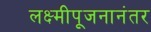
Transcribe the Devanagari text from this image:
लक्ष्मीपूजनानंतर